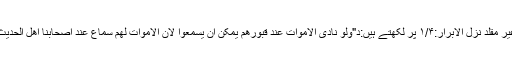
علامہ وحید الزماں غیر مقلد نُزل الابرار:۱/۴ پر لکھتے ہیں:د"ولو نادی الاموات عند قبورھم یمکن ان یسمعوا لان الاموات لھم سماع عند اصحابنا اھل الحدیث صرح بہ الشیخاند"۔